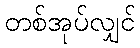
တစ်အုပ်လျှင်